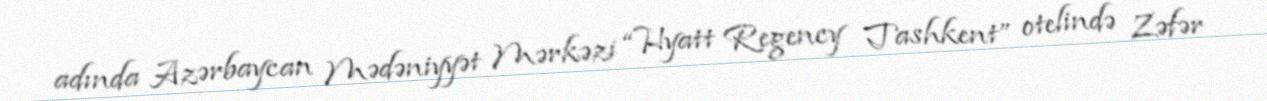
adında Azərbaycan Mədəniyyət Mərkəzi “Hyatt Regency Tashkent” otelində Zəfər